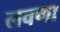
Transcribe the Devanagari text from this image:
लवणा